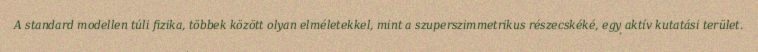
A standard modellen túli fizika, többek között olyan elméletekkel, mint a szuperszimmetrikus részecskéké, egy aktív kutatási terület.